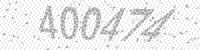
Solution: 400474